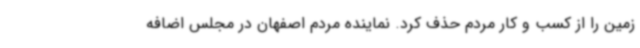
زمین را از کسب و کار مردم حذف کرد. نماینده مردم اصفهان در مجلس اضافه